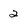
Character: 2